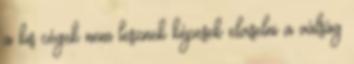
a kis cégek nem lesznek képesek elviselni a válság